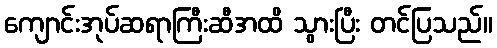
ကျောင်းအုပ်ဆရာကြီးဆီအထိ သွားပြီး တင်ပြသည်။